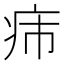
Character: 𤴹